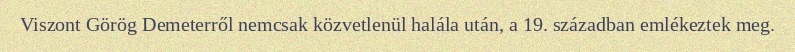
Viszont Görög Demeterről nemcsak közvetlenül halála után, a 19. században emlékeztek meg.